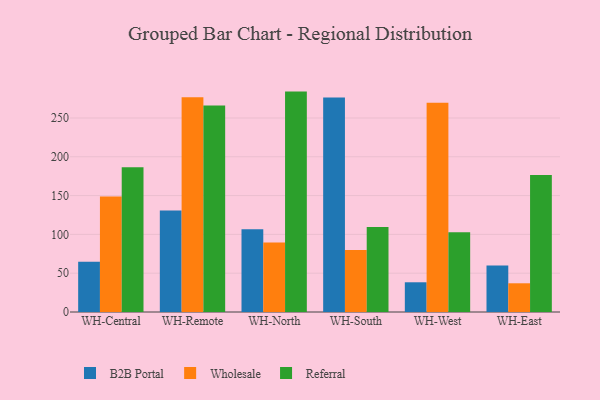
{"axis": {"x": "Warehouse", "y": "Tickets Resolved"}, "legend": ["B2B Portal", "Referral", "Wholesale"], "data": [{"x": "WH-Central", "y": 64.7, "type": "B2B Portal"}, {"x": "WH-Central", "y": 148.7, "type": "Wholesale"}, {"x": "WH-Central", "y": 186.6, "type": "Referral"}, {"x": "WH-Remote", "y": 130.8, "type": "B2B Portal"}, {"x": "WH-Remote", "y": 276.6, "type": "Wholesale"}, {"x": "WH-Remote", "y": 266.2, "type": "Referral"}, {"x": "WH-North", "y": 106.7, "type": "B2B Portal"}, {"x": "WH-North", "y": 89.5, "type": "Wholesale"}, {"x": "WH-North", "y": 284.0, "type": "Referral"}, {"x": "WH-South", "y": 276.4, "type": "B2B Portal"}, {"x": "WH-South", "y": 79.9, "type": "Wholesale"}, {"x": "WH-South", "y": 109.5, "type": "Referral"}, {"x": "WH-West", "y": 38.3, "type": "B2B Portal"}, {"x": "WH-West", "y": 269.7, "type": "Wholesale"}, {"x": "WH-West", "y": 102.7, "type": "Referral"}, {"x": "WH-East", "y": 60.0, "type": "B2B Portal"}, {"x": "WH-East", "y": 37.0, "type": "Wholesale"}, {"x": "WH-East", "y": 176.6, "type": "Referral"}]}